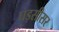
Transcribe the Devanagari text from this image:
घड़सीसर